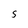
Character: s